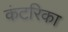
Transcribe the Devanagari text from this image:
कंटरिका